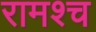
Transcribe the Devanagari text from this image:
रामश्च